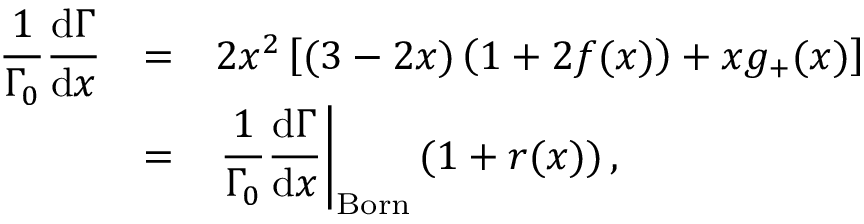
\begin{array} { r c l } { { \displaystyle \frac { 1 } { \Gamma _ { 0 } } \frac { \mathrm { d } \Gamma } { \mathrm { d } x } } } & { { = } } & { { 2 x ^ { 2 } \left[ ( 3 - 2 x ) \left( 1 + 2 f ( x ) \right) + x g _ { + } ( x ) \right] } } \\ { { \displaystyle } } & { { = } } & { { \displaystyle \left. \frac { 1 } { \Gamma _ { 0 } } \frac { \mathrm { d } \Gamma } { \mathrm { d } x } \right| _ { \mathrm { B o r n } } ( 1 + r ( x ) ) \, , } } \end{array}